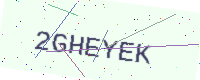
Text: 2GHEYEK